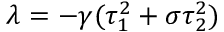
\lambda = - \gamma ( \tau _ { 1 } ^ { 2 } + \sigma \tau _ { 2 } ^ { 2 } )